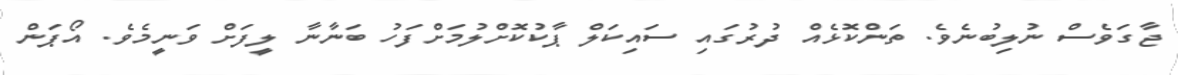
ޖާގަވެސް ނުލިބުނެވެ. ތަންކޮޅެއް ދުރުގައި ސައިކަލް ޕާކުކޮށްލުމަށްފަހު ބަނާނާ ލީފަށް ވަނީމެވެ. އޯޕަން